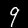
Label: 9